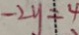
- 2 y = 4